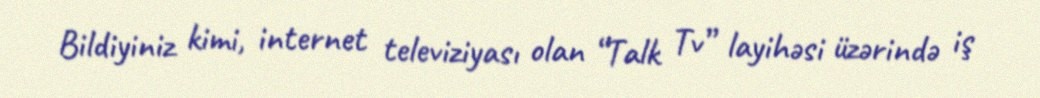
Bildiyiniz kimi, internet televiziyası olan “Talk Tv” layihəsi üzərində iş